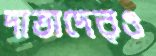
দাতাদেরও